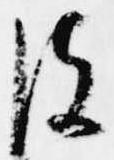
彼